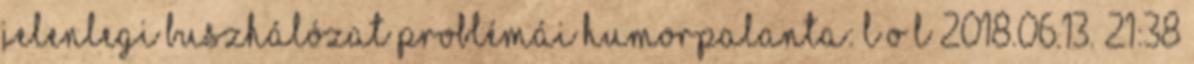
jelenlegi buszhálózat problémái humorpalanta: L O L 2018.06.13. 21:38